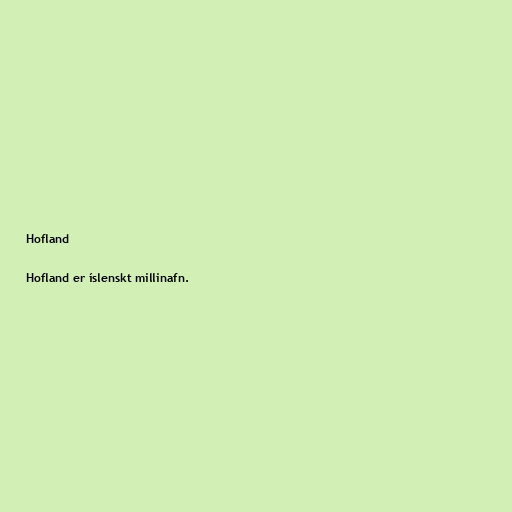
Hofland

Hofland er íslenskt millinafn.